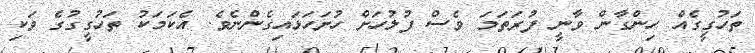
ތަހުގީގެއް ހިންގާން ވާނީ ފުރަތަމަ ވެސް ފުލުހަށް ހުށަހަޅައިގެންނެވެ. އެކަމަކު ތަހުގީގުގެ ވަކި